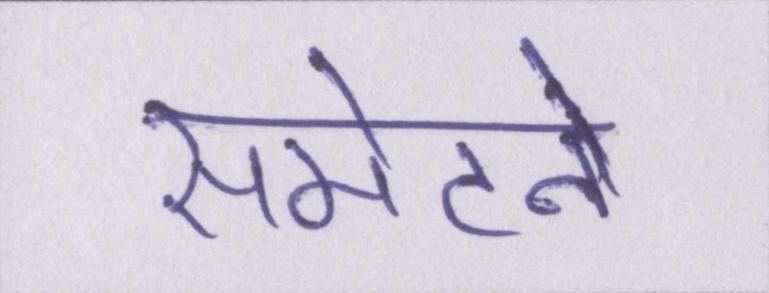
समेटने